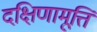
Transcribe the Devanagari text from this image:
दक्षिणामूर्त्ति